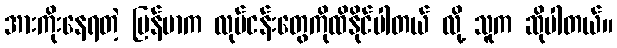
အားကိုးနေရတဲ့ မြန်မာက လုပ်ငန်းတွေကိုထိနိုင်ပါတယ် လို့ သူက ဆိုပါတယ်။